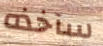
سآخذه